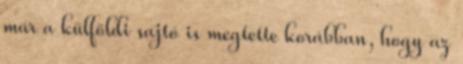
már a külföldi sajtó is megtette korábban, hogy az